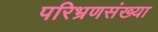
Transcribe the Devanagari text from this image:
परिभ्रणसंख्या